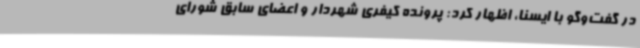
در گفت‌وگو با ایسنا، اظهار کرد: پرونده کیفری شهردار و اعضای سابق شورای